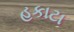
હકાટા